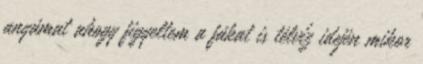
anyámat ahogy figyeltem a fákat is télvíz idején mikor